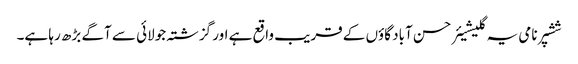
ششپر نامی یہ گلیشیئر حسن آباد گاؤں کے قریب واقع ہے اور گزشتہ جولائی سے آگے بڑھ رہا ہے۔